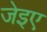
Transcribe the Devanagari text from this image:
जेइए